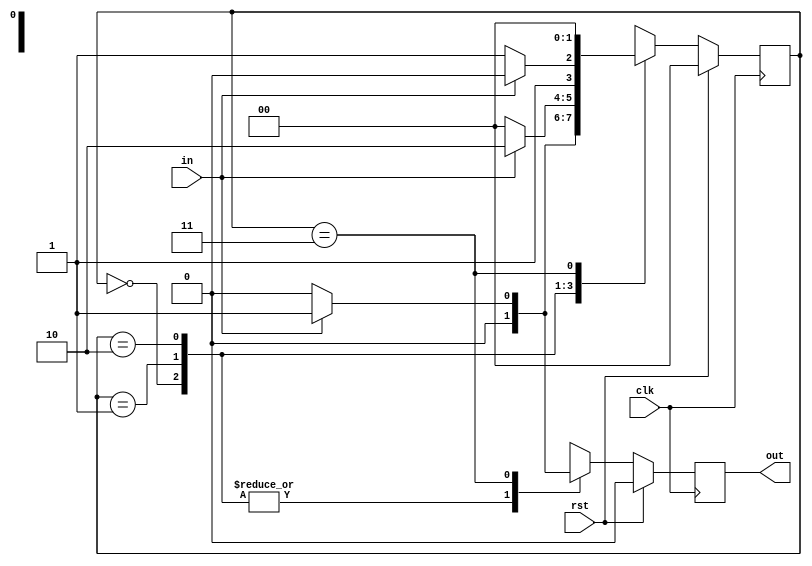
//non overlapping 1101 sequence using mealy fsm

module mealyfsmnol(input in,input clk,input rst,output reg out);
  reg [1:0] cst;//current state
  reg [1:0] nst;//next state
  parameter [1:0]s0=2'b00;
  parameter [1:0]s1=2'b01;
  parameter [1:0]s2=2'b10;
  parameter [1:0]s3=2'b11;
always@(posedge clk)
begin
  if(rst)begin
    out=1'b0;
    cst=s0;
    nst=s0;end
  else
    begin
    cst=nst;
    case(cst)
  s0: if(in) begin    
    out=1'b0;
    nst=s1;end
  else begin
    out=1'b0;
    nst=s0;end
  s1: if(in)begin
    out=1'b0;
    nst=s2;end
     else begin
    out=1'b0;
    nst=s0;end
  s2 : if(in)begin   
    out=1'b0;
    nst=s2;end
      else begin
    out=1'b0;
    nst=s3;end
  s3 : if(in)begin   
    out=1'b1;
    nst=s0;end
      else begin
    out=1'b0;
    nst=s0;end
   endcase
end
end
endmodule